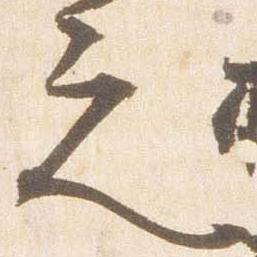
之